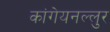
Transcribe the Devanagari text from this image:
कांगेयनल्लुर